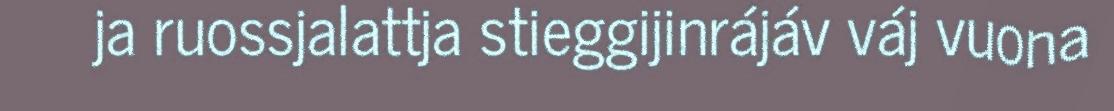
ja ruossjalattja stieggijinrájáv váj vuona